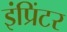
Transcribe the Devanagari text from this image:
इंप्रिंटर